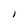
Character: I